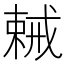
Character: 𢧧